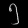
Digit: ၅